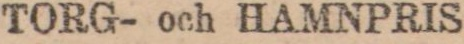
TORG- och HAMNPRIS.